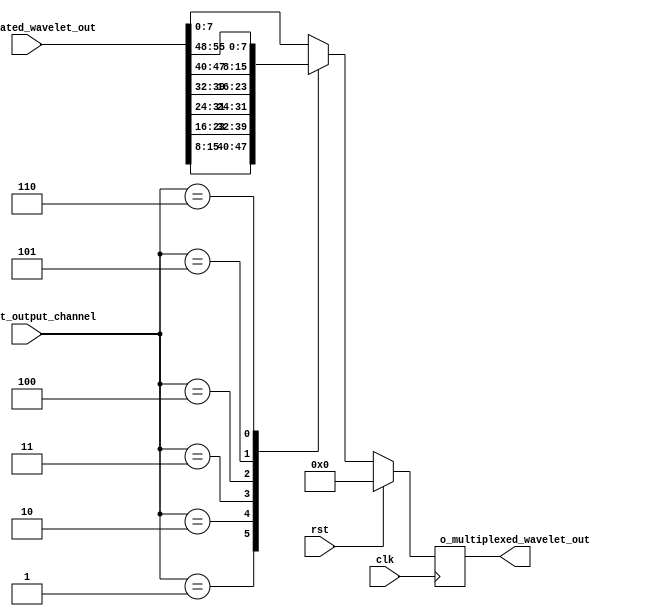
`default_nettype none

module output_multiplexer #(
    parameter NUM_FILTERS = 8,
    parameter SUM_TRUNCATION = 8
) (
    // Clock
    input wire clk,

    // Reset
    input wire rst,

    // truncated outputs from wavelets
    input wire [(NUM_FILTERS*SUM_TRUNCATION - 1):0] i_truncated_wavelet_out,

    // selection of output channels, hardcoded to 8 for now
    input wire [7:0] i_select_output_channel,

    // multiplexed output
    output wire [SUM_TRUNCATION - 1:0] o_multiplexed_wavelet_out

);

  reg [7:0] multiplexer_out;

  assign o_multiplexed_wavelet_out = multiplexer_out;

  initial begin
    multiplexer_out = 8'b0;
  end

  always @(posedge clk) begin
    if (rst) begin
      multiplexer_out <= 8'b0;
    end else begin
        case (i_select_output_channel)
          0: multiplexer_out <= i_truncated_wavelet_out[0*(SUM_TRUNCATION) +:SUM_TRUNCATION];
          1: multiplexer_out <= i_truncated_wavelet_out[1*(SUM_TRUNCATION) +:SUM_TRUNCATION];
          2: multiplexer_out <= i_truncated_wavelet_out[2*(SUM_TRUNCATION) +:SUM_TRUNCATION];
          3: multiplexer_out <= i_truncated_wavelet_out[3*(SUM_TRUNCATION) +:SUM_TRUNCATION];
          4: multiplexer_out <= i_truncated_wavelet_out[4*(SUM_TRUNCATION) +:SUM_TRUNCATION];
          5: multiplexer_out <= i_truncated_wavelet_out[5*(SUM_TRUNCATION) +:SUM_TRUNCATION];
          6: multiplexer_out <= i_truncated_wavelet_out[6*(SUM_TRUNCATION) +:SUM_TRUNCATION];
          default: multiplexer_out <= i_truncated_wavelet_out[0+:SUM_TRUNCATION];
        endcase
    end
  end


endmodule